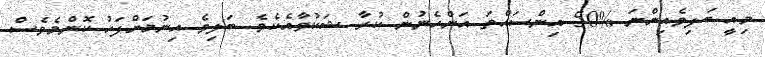
މިއީ ބަލިވެއިންނަ %50 އިންސައްތަ އަންހެނުން ކުރާ ޝަކުވާއެކެވެ. ބަލިވެ އިނުމަށްފަހު ކޮންމެވެސް